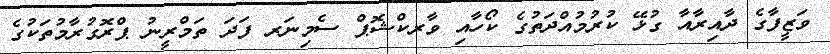
ވަޒީފާގެ ދާއިރާއާ ގުޅޭ ކުރުމުއްދަތުގެ ކޯހާއި ވާރކްޝޮޕް ސެމިނަރ ފަދަ ތަމްރީނު ޕްރޮގުރާމުތަކުގެ